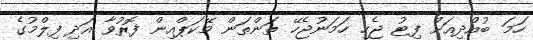
ހަމަ ބުއްދިއަށް ފިޓު ޖެހި ހަމަނުޖެހޭ ތަންތަން މޭކަޕްއިން ފޮރުވާ އަދި ފިލްމުގެ